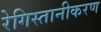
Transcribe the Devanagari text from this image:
रेगिस्तानीकरण